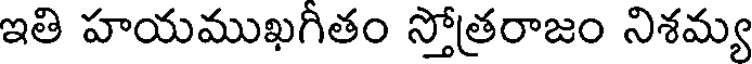
ఇతి హయముఖగితం స్తోత్రరాజం నిశమ్య